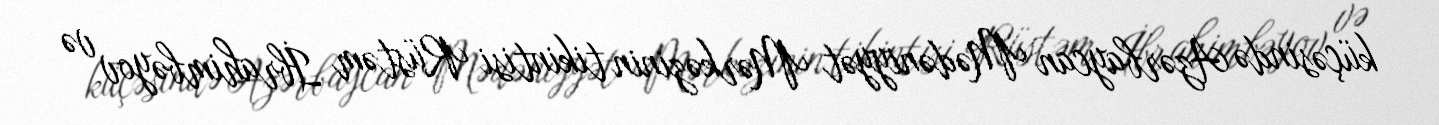
küçəsində Azərbaycan Mədəniyyət Mərkəzinin tikintisi Rüstəm İbrahimbəyov və